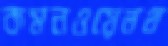
কমনওয়েলথ